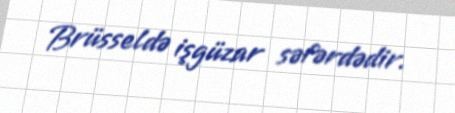
Brüsseldə işgüzar səfərdədir.